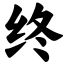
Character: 终